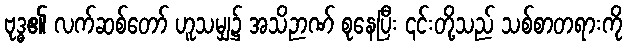
ဗုဒ္ဓ၏ လက်ဆစ်တော် ဟူသမျှ၌ အသိဉာဏ် စုနေပြီး ၎င်းတို့သည် သစ်စာတရားကို